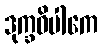
ဒုက္ခဝိပါကေ